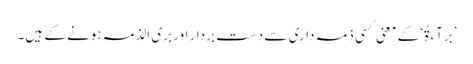
’بَرَآءَ ۃٌ‘ کے معنی کسی ذمہ داری سے دست بردار اور بری الذمہ ہونے کے ہیں۔